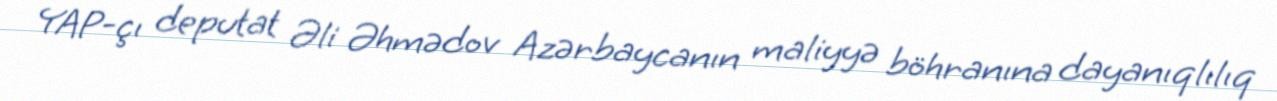
YAP-çı deputat Əli Əhmədov Azərbaycanın maliyyə böhranına dayanıqlılıq